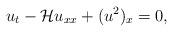
LaTeX: \begin{align*}u_t - \mathcal{H}u_{xx} + (u^2)_x = 0,\end{align*}